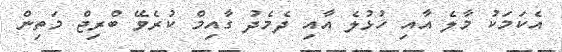
އެކަމަކު މާލެ އާއި ހުޅުލެ އާއި ދެމެދު ގާއިމް ކުރެވޭ ބްރިޖް މަތިން